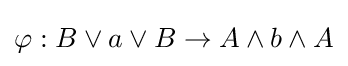
\varphi :B\vee a\vee B\rightarrow A\wedge b\wedge A